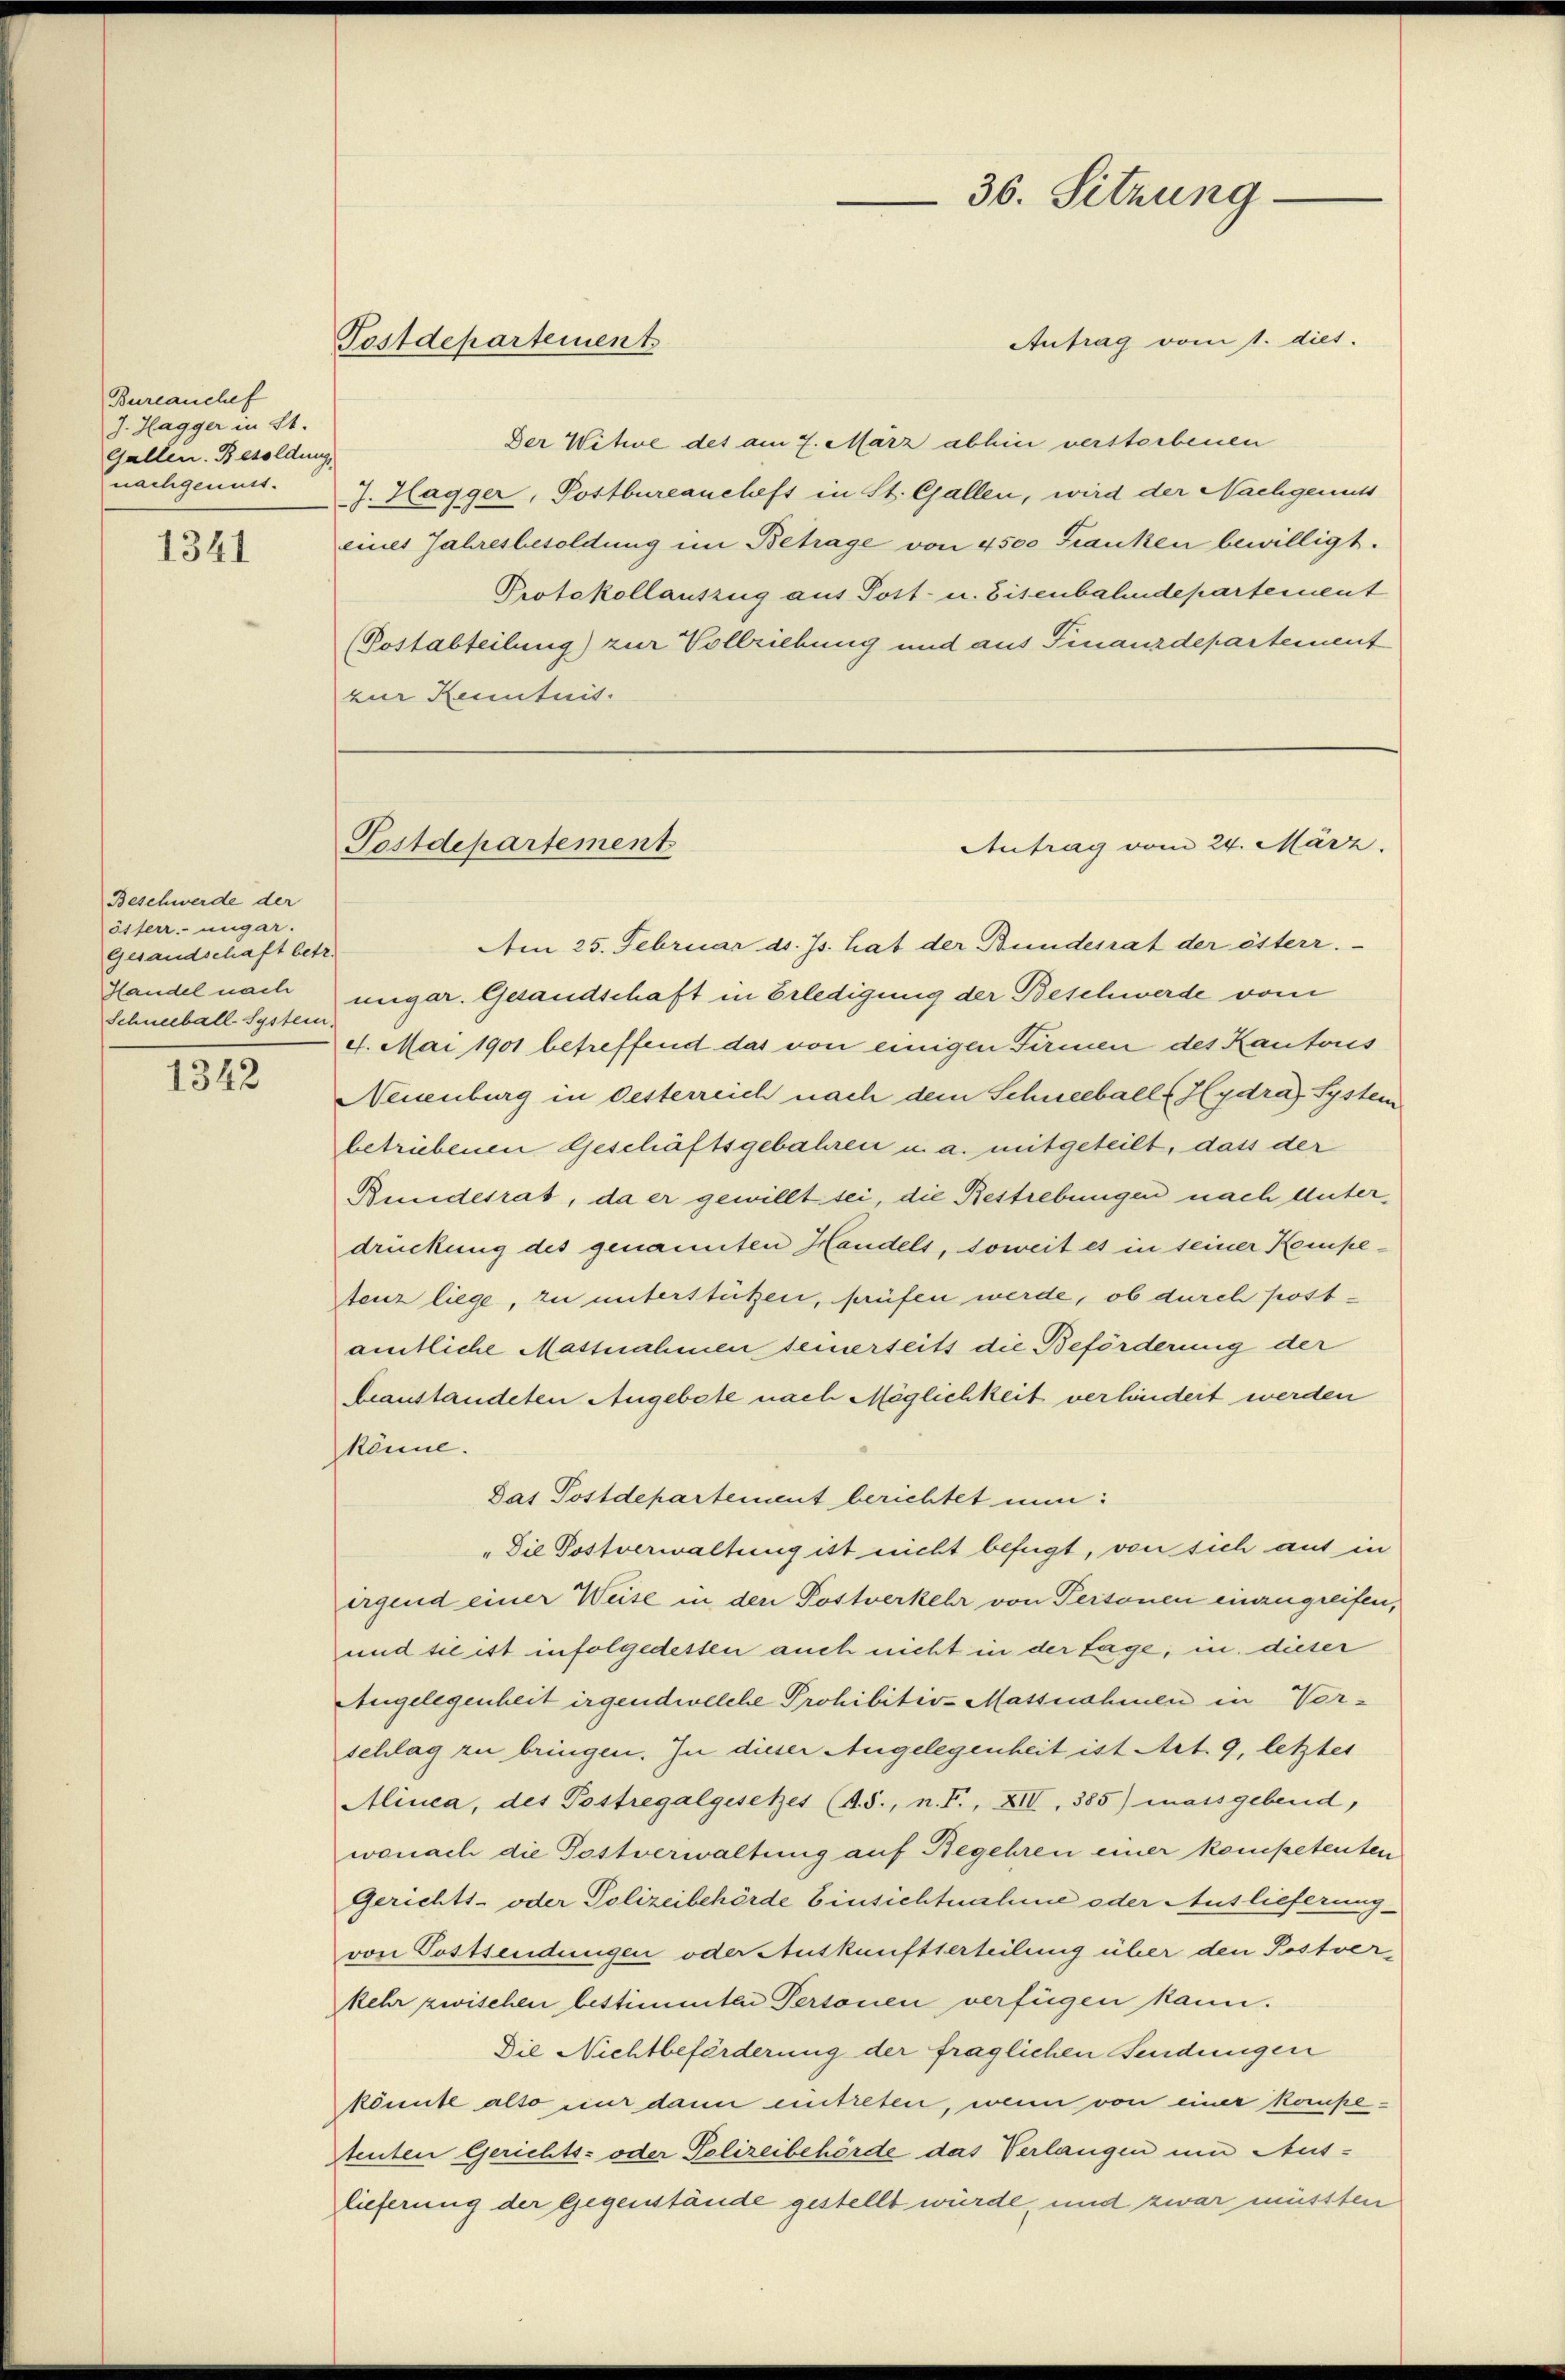
Bureauchef
J. Hagger in St.
Gallen. Besoldung
nachgemutt.

1341

Beschwerde der
österr. ungar.
Gesandschaft betr.
Handel nach
Schneeball-System.

1342

eines Jahresbesoldung im Betrage von 4500 Franken bewilligt.
Protokollauszug aus Post- u. Eisenbahndepartement
(Postabteilung) zur Vollziehung und aus Finanzdepartement
zur Kenntnis.

Postdepartement

Antrag vom 1. dies.
Der Witwe des am 7. März abhin verstorbenen
J. Hagger, Postbureanchefs in St. Gallen, wird der Nachgenuss
Am 25. Februar d. Js. hat der Bundesrat der österr.
ungar. Gesandschaft in Erledigung der Beschwerde vom
4. Mai 1901 betreffend das von einigen Firmen des Kantons
Neuenburg in Oesterreich nach dem Schneeballs Hydra) System
betriebenen Geschäftsgebahren u. a. mitgeteilt, dass der
Bundesrat, da er gewillt sei, die Bestrebungen nach Unterdrückung des genannten Handels, soweit es in seiner Kompetenz liege, zu unterstützen, prüfen werde, ob durch postamtliche Massnahmen seinerseits die Beförderung der
beanstandeten Angebote nach Möglichkeit verhindert werden
könne.
Das Postdepartement berichtet nun:
"Die Postverwaltung ist nicht befügt, von sich auf in
irgend einer Weise in den Postverkehr von Personen einzugreifen,
und sie ist infolgedessen auch nicht in der Lage, in dieser
Angelegenheit irgendwelche Prohibitive Massnahmen in Vorschlag zu bringen. In dieser Angelegenheit ist Art. 9, letztes
Alinea, des Postregalgesetzes (A.S., n. F., XIV, 385) massgebend,
wonach die Postverwaltung auf Begehren einer kompetenten
Gerichts- oder Polizeibehörde Einsichtnahme oder Auslieferung
von Postsendungen oder Auskunftserteilung über den Postver-
kehr zwischen bestimmten Personen verfügen kann.
Die Nichtbeförderung der fraglichen Sendungen
könnte also nur dann eintreten, wenn von einer kompetenten Gerichts- oder Polizeibehörde das Verlangen um Auslieferung der Gegenstände gestellt würde, und zwar müssten

Postdepartement

36. Sitzung

Antrag vom 24. März.